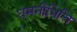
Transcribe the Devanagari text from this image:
धमनीभित्ति